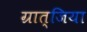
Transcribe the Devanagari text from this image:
ग्रात्जिया